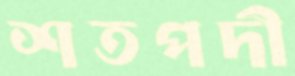
শতপদী